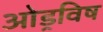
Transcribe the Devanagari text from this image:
ओड्रविष